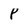
Character: P